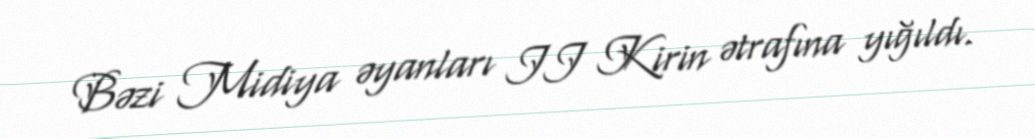
Bəzi Midiya əyanları II Kirin ətrafına yığıldı.